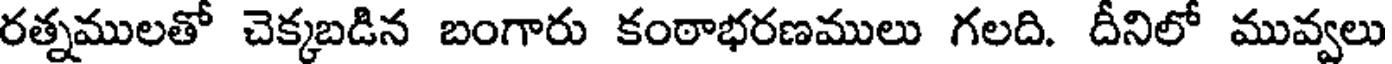
రత్నములతో చెక్కబడిన బంగారు కంఠాభరణములు గలది. దీనిలో మువ్వలు